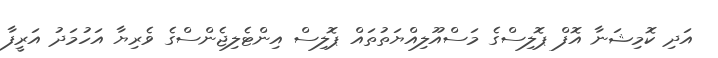
އަދި ކޮމިޝަނާ އޮފް ޕޮލިސްގެ މަސްއޫލިއްޔަތުތައް ޕޮލިސް އިންޓެލިޖެންސްގެ ވެރިޔާ އަހުމަދު އަރީފާ